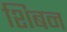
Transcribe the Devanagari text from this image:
शिबन